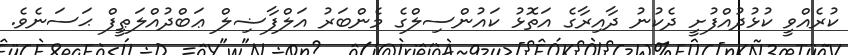
ކުރެއްވީ ކުޅުދުއްފުށީ ދެކުނު ދާއިރާގެ އަތޮޅު ކައުންސިލްގެ މެންބަރު އަލްފާޟިލް ޢަބްދުއްލަޠީފް ޙަސަނެވެ.